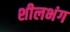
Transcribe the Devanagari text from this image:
शीलभंग